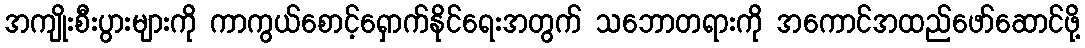
အကျိုးစီးပွားများကို ကာကွယ်စောင့်ရှောက်နိုင်ရေးအတွက် သဘောတရားကို အကောင်အထည်ဖော်ဆောင်ဖို့